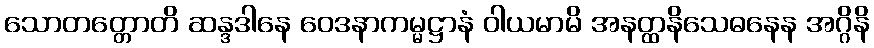
သောတတ္တောတိ ဆန္ဒဒါနေ ဝေဒနာကမ္မဋ္ဌာနံ ဝါယမာမိ အနတ္ထနိသေဓနေန အဂ္ဂိနိ